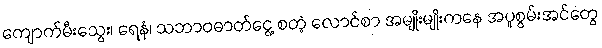
ကျောက်မီးသွေး၊ ရေနံ၊ သဘာဝဓာတ်ငွေ့ စတဲ့ လောင်စာ အမျိုးမျိုးကနေ အပူစွမ်းအင်တွေ